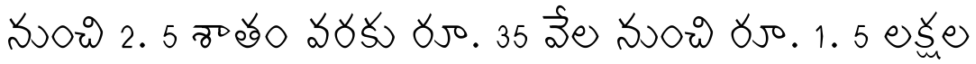
నుంచి 2. 5 శాతం వరకు రూ. 35 వేల నుంచి రూ. 1. 5 లక్షల